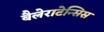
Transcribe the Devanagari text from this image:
बैलेराटेन्सिस